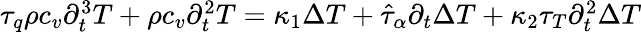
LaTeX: \begin{array}{r}{\tau_{q}\rho c_{v}\partial_{t}^{3}T+\rho c_{v}\partial_{t}^{2}T=\kappa_{1}\Delta T+\hat{\tau}_{\alpha}\partial_{t}\Delta T+\kappa_{2}\tau_{T}\partial_{t}^{2}\Delta T}\end{array}